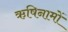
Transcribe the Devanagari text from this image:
ऋषिनामों